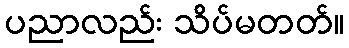
ပညာလည်း သိပ်မတတ်။